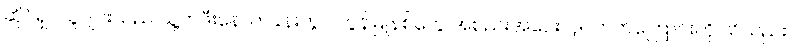
ဆိုင်ရှင်ယူဂျင်းသည် သူ့ကဖီးနောက်ခန်းတွင် ကွန်မြူနစ်တွေ အစည်းအဝေးလုပ်တတ်ကြောင်းကို သိသည်။